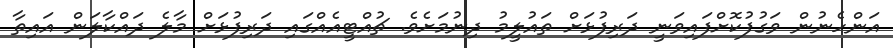
އަންހެނުން ވަގުފުކޮށްފައިވަނީ ދަރިފުޅަށް ތައުލީމު ދިނުމަށެވެ. ޗުއްޓީއެއްގައި ދަރިފުޅަށް މާލެ ދައްކާލަން އައިތާ